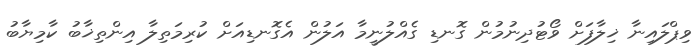
ވިޕްލައިނާ ޚިލާފަށް ވޯޓުދިނުމުން ގޮނޑި ގެއްލުނީމާ އަލުން އެގޮނޑިއަށް ކުރިމަތިލާ އިންތިޚާބު ކާމިޔާބު